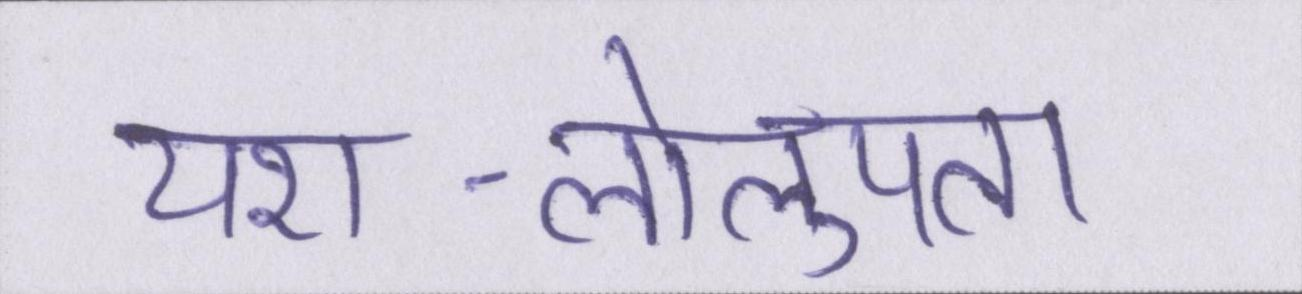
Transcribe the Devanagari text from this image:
यश-लोलुपता